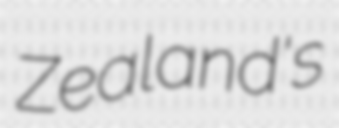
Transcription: Zealand's